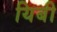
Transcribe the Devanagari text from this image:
यिबी